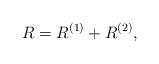
LaTeX: \begin{align*}R=R^{(1)}+R^{(2)},\end{align*}